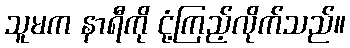
သူမက နာရီကို ငုံ့ကြည့်လိုက်သည်။